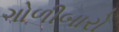
ગોળીબારો